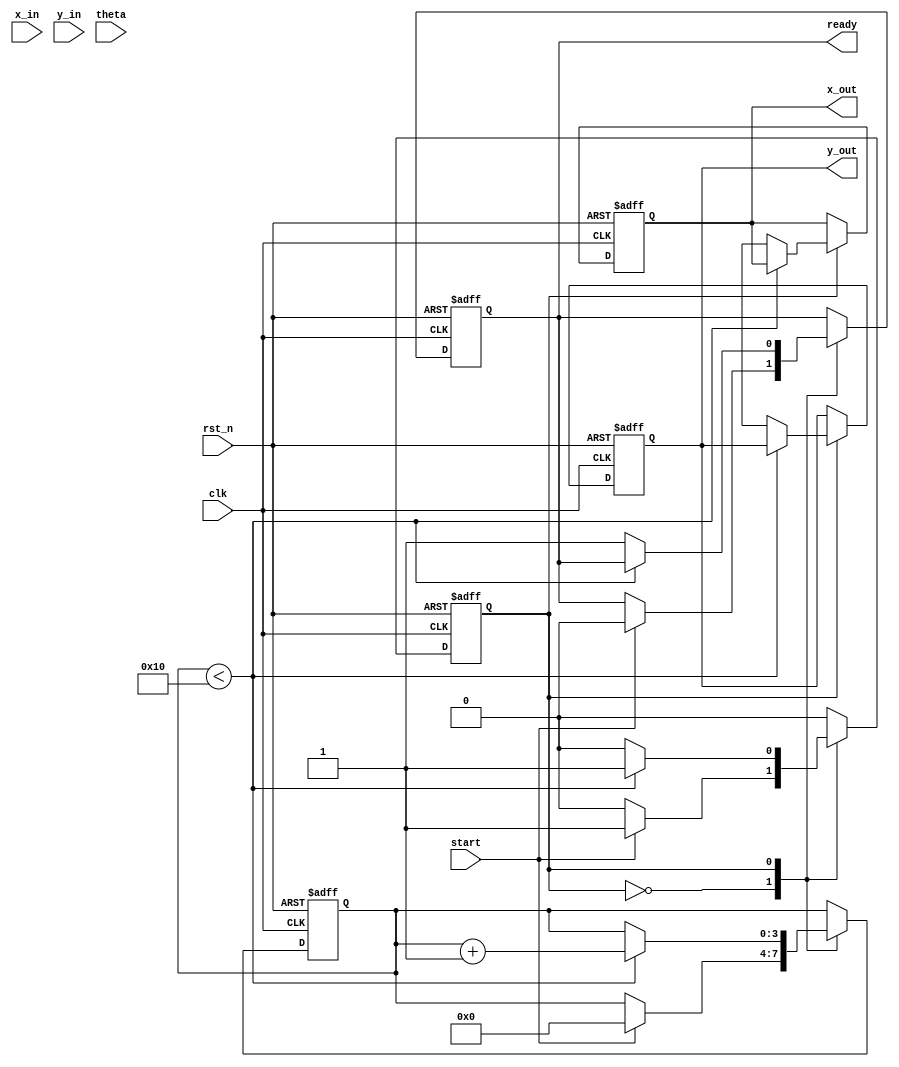
module cordic_2d (
    input wire clk,
    input wire rst_n,
    input wire start,
    input wire [15:0] x_in,       // Input X vector (fixed-point)
    input wire [15:0] y_in,       // Input Y vector (fixed-point)
    input wire [15:0] theta,      // Rotation angle (fixed-point)
    output reg [15:0] x_out,      // Output X (rotated)
    output reg [15:0] y_out,      // Output Y (rotated)
    output reg ready
);

    // CORDIC parameters
    localparam NUM_ITERATIONS = 16;  // Number of iterations
    reg [15:0] x[0:NUM_ITERATIONS-1]; // Internal X coordinates
    reg [15:0] y[0:NUM_ITERATIONS-1]; // Internal Y coordinates
    reg [15:0] angle[0:NUM_ITERATIONS-1]; // Pre-computed angles
    reg [NUM_ITERATIONS-1:0] direction; // Rotation direction
    reg [3:0] count; // Iteration count
    reg state; // FSM state
    reg [15:0] angle_accum; // Accumulated angle

    // Pre-computed arctan values for each iteration
    initial begin
        angle[0]  = 16'h0264; // atan(2^-0)
        angle[1]  = 16'h0139; // atan(2^-1)
        angle[2]  = 16'h00A2; // atan(2^-2)
        angle[3]  = 16'h0051; // atan(2^-3)
        angle[4]  = 16'h0028; // atan(2^-4)
        angle[5]  = 16'h0014; // atan(2^-5)
        angle[6]  = 16'h000A; // atan(2^-6)
        angle[7]  = 16'h0005; // atan(2^-7)
        angle[8]  = 16'h0002; // atan(2^-8)
        angle[9]  = 16'h0001; // atan(2^-9)
        angle[10] = 16'h0001; // atan(2^-10)
        angle[11] = 16'h0001; // atan(2^-11)
        angle[12] = 16'h0000; // atan(2^-12)
        angle[13] = 16'h0000; // atan(2^-13)
        angle[14] = 16'h0000; // atan(2^-14)
        angle[15] = 16'h0000; // atan(2^-15)
    end

    // FSM States
    localparam IDLE = 1'b0;
    localparam CALC = 1'b1;

    // Initialization
    always @(posedge clk or negedge rst_n) begin
        if (!rst_n) begin
            x_out <= 0;
            y_out <= 0;
            ready <= 1;
            count <= 0;
            angle_accum <= 0;
            state <= IDLE;
        end else begin
            case (state)
                IDLE: begin
                    if (start) begin
                        // Load input vectors
                        x[0] <= x_in;
                        y[0] <= y_in;
                        direction <= (theta[15] ? 1'b1 : 1'b0); // Set rotation direction
                        angle_accum <= 0;
                        count <= 0;
                        ready <= 0;
                        state <= CALC;
                    end
                end
                
                CALC: begin
                    if (count < NUM_ITERATIONS) begin
                        if (direction[count]) begin // Rotate clockwise
                            x[count + 1] <= x[count] + (y[count] >> count);
                            y[count + 1] <= y[count] - (x[count] >> count);
                            angle_accum <= angle_accum - angle[count];
                        end else begin // Rotate counter-clockwise
                            x[count + 1] <= x[count] - (y[count] >> count);
                            y[count + 1] <= y[count] + (x[count] >> count);
                            angle_accum <= angle_accum + angle[count];
                        end
                        count <= count + 1;
                    end else begin
                        x_out <= x[NUM_ITERATIONS];
                        y_out <= y[NUM_ITERATIONS];
                        ready <= 1; // Output is ready
                        state <= IDLE; // Go back to IDLE
                    end
                end
                
                default: state <= IDLE;
            endcase
        end
    end
endmodule